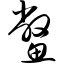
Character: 鳖